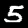
Digit: 5